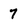
Character: 7